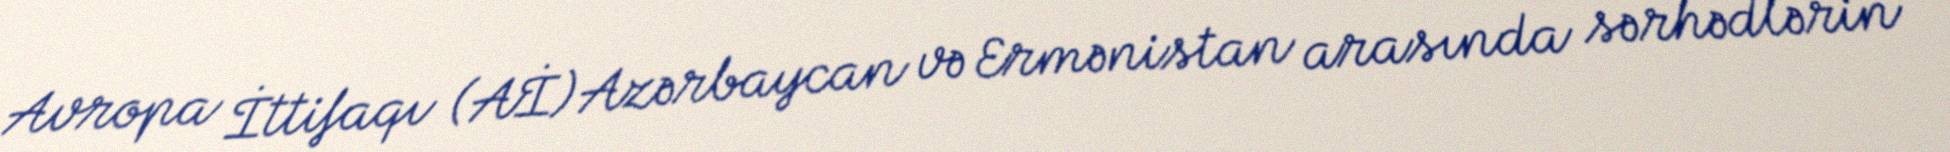
Avropa İttifaqı (Aİ) Azərbaycan və Ermənistan arasında sərhədlərin